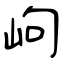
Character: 岣